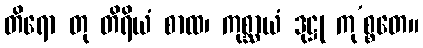
တိရော တု တိရိယံ စာထ၊ ကုစ္ဆာယံ ဒုဋ္ဌု ကု’စ္စတေ။